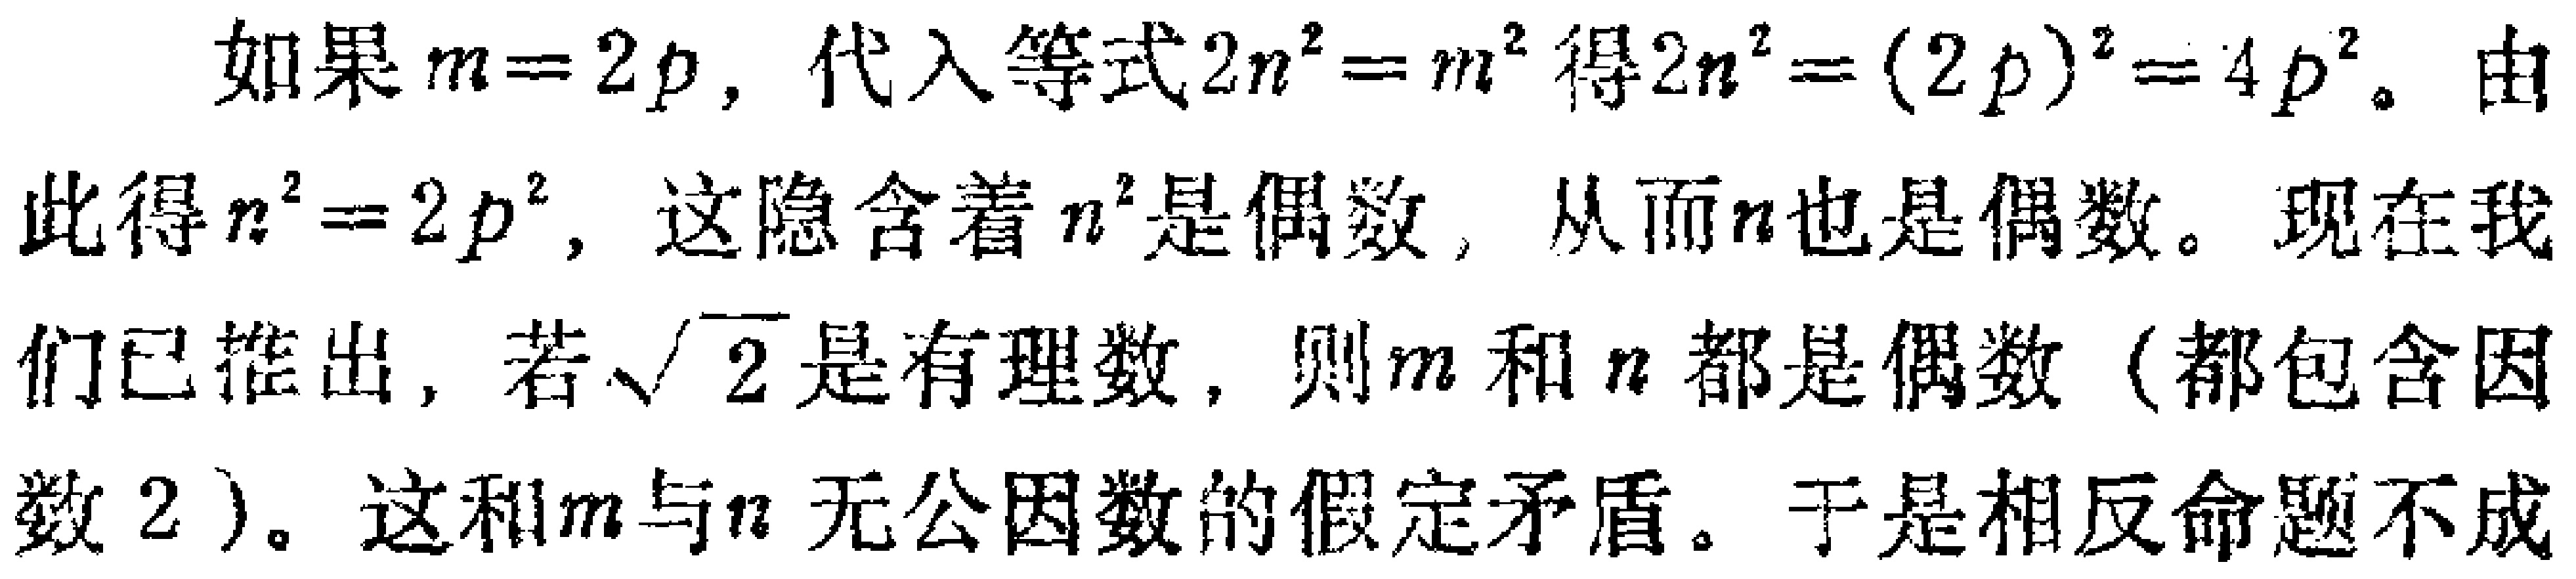
如果\(m = 2p\)，代入等式\(2n^{2}=m^{2}\)得\(2n^{2}=(2p)^{2}=4p^{2}\)。由此得\(n^{2}=2p^{2}\)，这隐含着\(n^{2}\)是偶数，从而\(n\)也是偶数。现在我们已推出，若\(\sqrt{2}\)是有理数，则\(m\)和\(n\)都是偶数（都包含因数\(2\)）。这和\(m\)与\(n\)无公因数的假定矛盾。于是相反命题不成